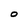
Character: O